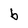
Character: b